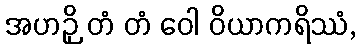
အဟဉှိ တံ တံ ဝေါ ဝိယာကရိဿံ,